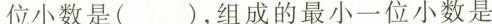
位小数是( )，组成的最小一位小数是